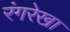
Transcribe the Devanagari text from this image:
रंगरेखा